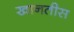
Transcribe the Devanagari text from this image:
खानतीस